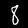
Label: 8